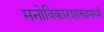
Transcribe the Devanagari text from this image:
मनोविकारशास्त्रामध्ये